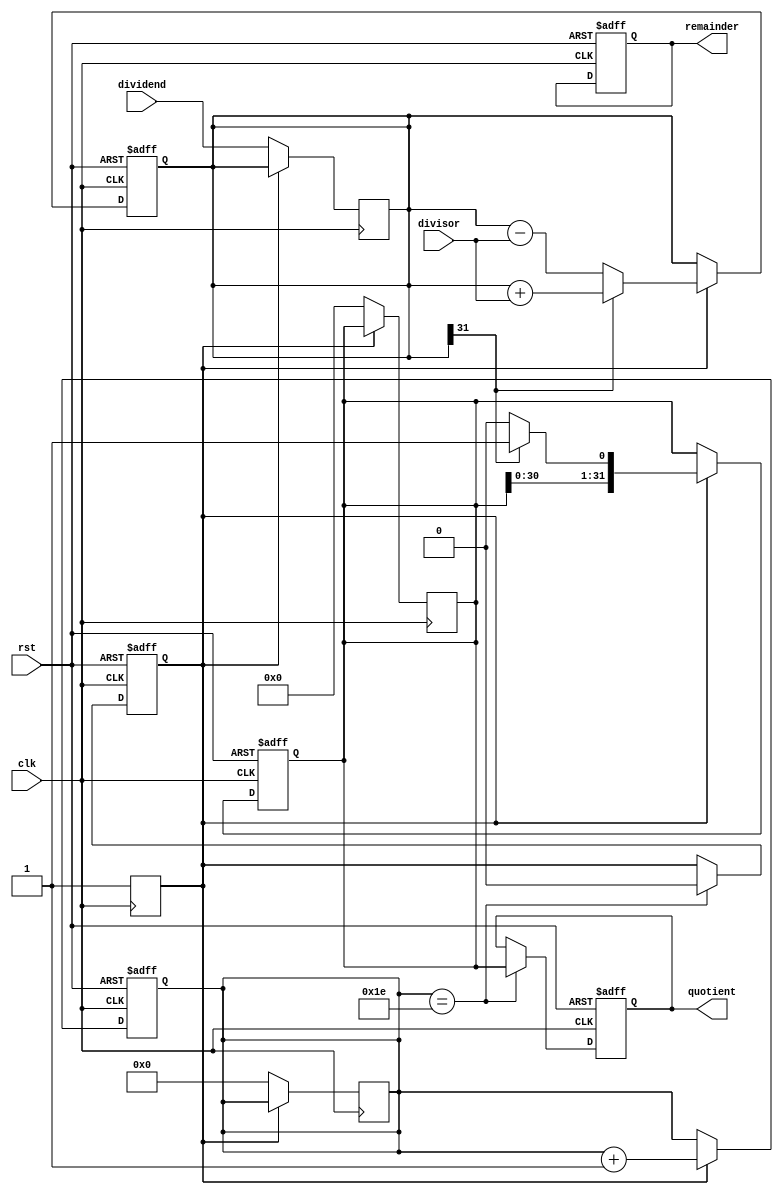
module non_restoring_divider (
    input wire clk,
    input wire rst,
    input wire [31:0] dividend,
    input wire [31:0] divisor,
    output reg [31:0] quotient,
    output reg [31:0] remainder
);

reg [31:0] rem;
reg [31:0] neg_div;
reg [31:0] shift_reg;
reg [4:0] count;
reg start_div;

always @(posedge clk or posedge rst) begin
    if (rst) begin
        rem <= 0;
        neg_div <= 0;
        shift_reg <= 0;
        count <= 0;
        quotient <= 0;
        remainder <= 0;
        start_div <= 0;
    end
    else begin
        if (start_div) begin
            if (rem[31]) begin
                rem <= rem + divisor;
                shift_reg <= {shift_reg[30:0], 1'b1};
            end
            else begin
                rem <= rem - divisor;
                shift_reg <= {shift_reg[30:0], 1'b0};
            end
            
            if (rem[31]) begin
                rem <= rem + divisor;
                shift_reg <= {shift_reg[30:0], 1'b1};
            end
            else begin
                rem <= rem - divisor;
                shift_reg <= {shift_reg[30:0], 1'b0};
            end
            
            count <= count + 1;
        end

        if (count == 30) begin
            quotient <= shift_reg;
            start_div <= 0;
        end
    end
end

always @(posedge clk) begin
    if (!start_div) begin
        rem <= dividend;
        neg_div <= -divisor;
        shift_reg <= 0;
        count <= 0;
        start_div <= 1;
    end
end

endmodule